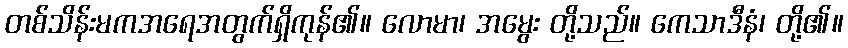
တစ်သိန်းမကအရေအတွက်ရှိကုန်၏။ လောမာ၊ အမွေး တို့သည်။ ကေသာဒီနံ၊ တို့၏။